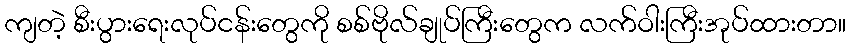
ကျတဲ့ စီးပွားရေးလုပ်ငန်းတွေကို စစ်ဗိုလ်ချုပ်ကြီးတွေက လက်ဝါးကြီးအုပ်ထားတာ။